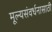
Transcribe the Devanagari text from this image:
मूल्यसंवर्धनासाठी